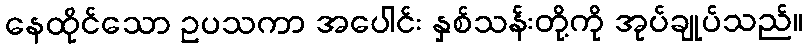
နေထိုင်သော ဥပသကာ အပေါင်း နှစ်သန်းတို့ကို အုပ်ချုပ်သည်။